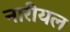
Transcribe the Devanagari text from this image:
नारीयल